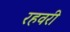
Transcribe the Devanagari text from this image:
रहवरी